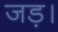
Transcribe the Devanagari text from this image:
जड़।